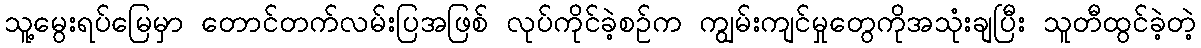
သူ့မွေးရပ်မြေမှာ တောင်တက်လမ်းပြအဖြစ် လုပ်ကိုင်ခဲ့စဉ်က ကျွမ်းကျင်မှုတွေကိုအသုံးချပြီး သူတီထွင်ခဲ့တဲ့